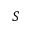
S